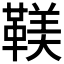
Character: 𩋼